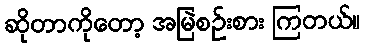
ဆိုတာကိုတော့ အမြဲစဉ်းစား ကြတယ်။